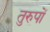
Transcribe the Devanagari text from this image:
तुरुपों